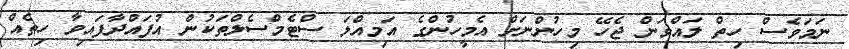
ނަމަވެސް ހިތް ލައްވަން ޖެހޭ މިހުންނަށް އެމީހުންގެ އަމިއްލަ ސްޓެމްސެލްތަކުން އުފައްދާފައިވާ ހިތެއް